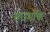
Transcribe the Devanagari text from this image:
संघशक्ति